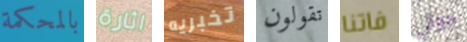
بالمحكمة اثارة تخبريه تقولون فاتنا جولي